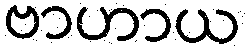
ဗာဟာယ